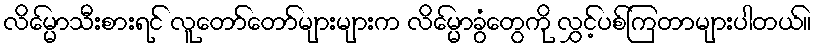
လိမ္မော်သီးစားရင် လူတော်တော်များများက လိမ္မော်ခွံတွေကို လွှင့်ပစ်ကြတာများပါတယ်။